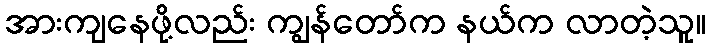
အားကျနေဖို့လည်း ကျွန်တော်က နယ်က လာတဲ့သူ။